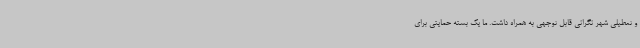
و تعطیلی شهر نگرانی قابل توجهی به همراه داشت. ما یک بسته حمایتی برای